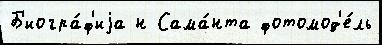
Б'иогра́ф'иjа н Сама́нта фотомод'е́ль